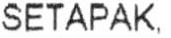
STAPAK,